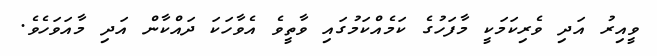
ވީއިރު އަދި ވެރިކަމަކީ މާފަހުގެ ކަމެއްކަމުގައި ވާތީވެ އެވާހަކަ ދައްކާން އަދި މާއަވަހެވެ.